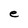
Character: e